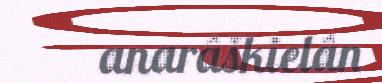
anarâškielân